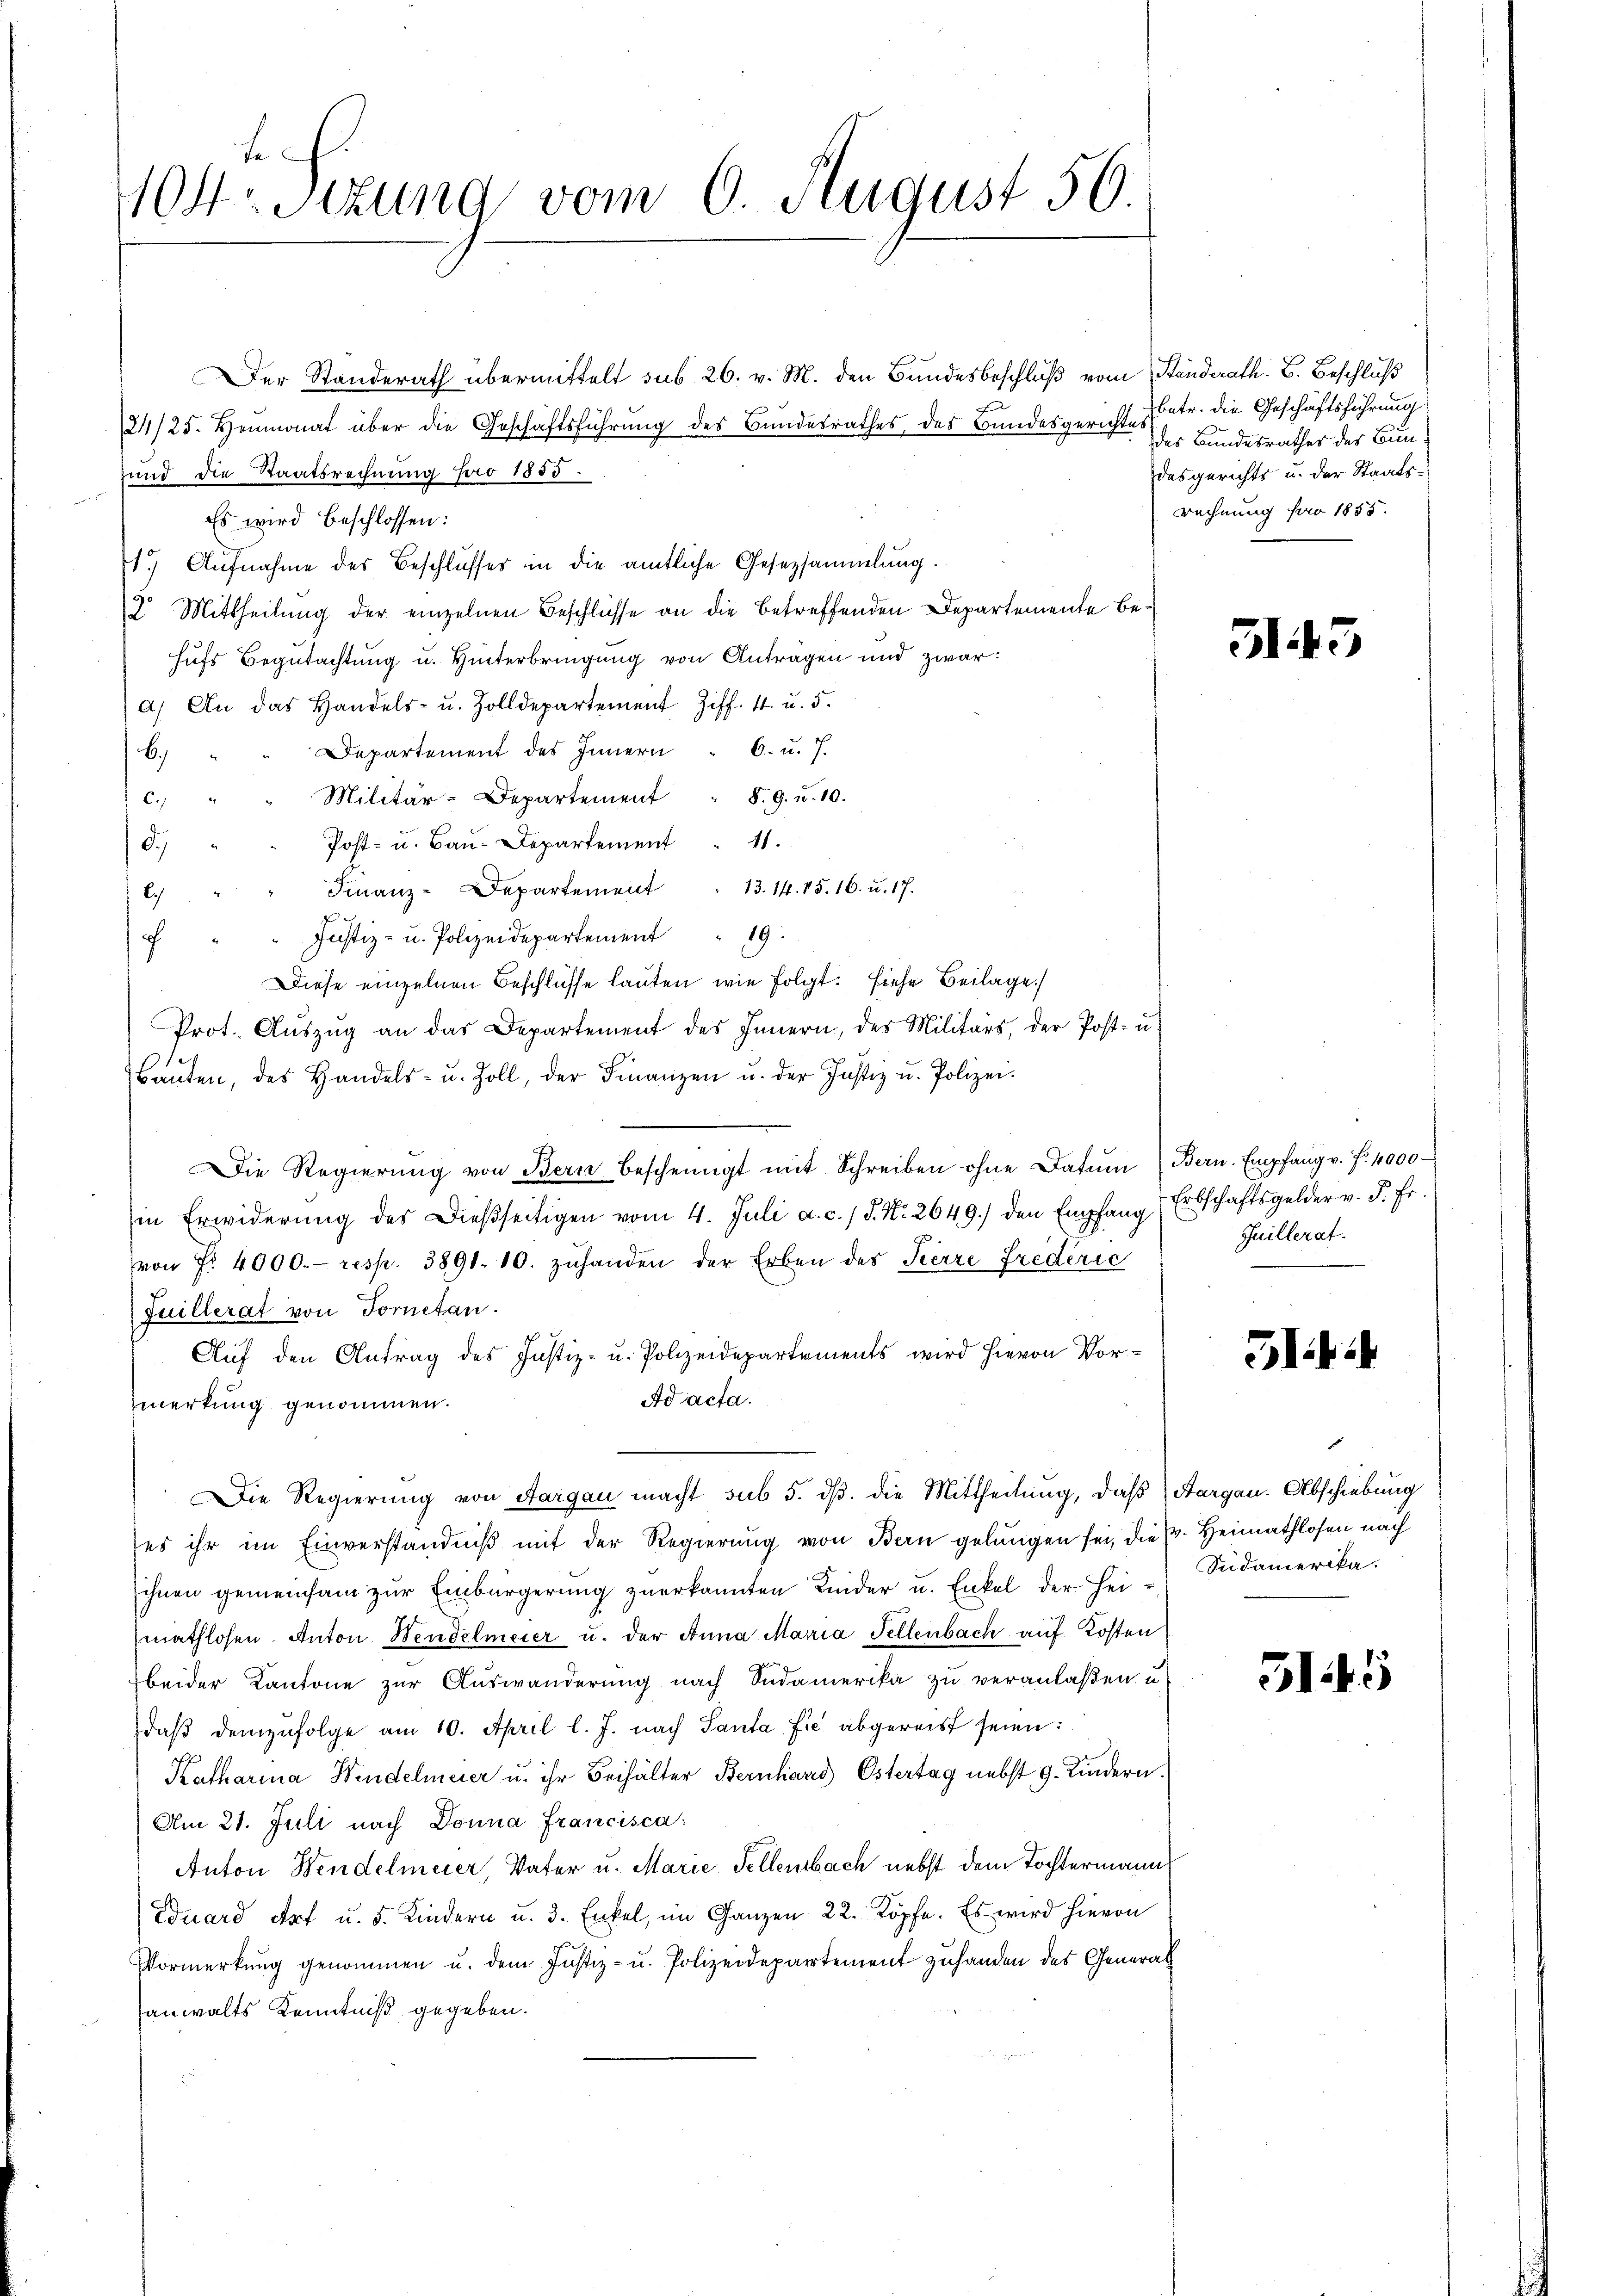
1104. Stzung vom 6. August 56.

Der Standerath übermittelt sub 26. v. M. den Bundesbeschluß vom Standerath. B. Beschluß
24/25. Heumonat über die Geschäftsführung des Bundesrathes des Bundesgerichtes
und die Staatsrechnung pro 1855.
Es wird beschlossen:
1.) Aufnahme des Beschlusses in die amtliche Gesetzsammlung.
2. Mittheilung der einzelnen Beschlüsse an die betreffenden Departemente behufs Begutachtung u. Hinterbringung von Antragen und zwar:
a) An das Handels- u. Zolldepartement Ziff. 4 u. 5.
Departement des Innern " 6. u. 7.
6.)
Militär-Departement " 8. 9. u. 10.
c.)
Post- u. Bau-Departement 11.
d.
Finanz-Departement " 13. 14. 15. 16. u. 17.
bch
Justiz- u. Polizeidepartement 19
c
Diese einzelnen Beschlüsse lauten wie folgt: siehe Beilage.
Prot. Aŭszŭg an das Departement des Innern, des Militärs, der Post- u.
Baŭten, des Handels- u. Zoll, der Finanzen u. der Justiz u. Polizei.
ie Regierŭng von Bern bescheinigt mit Schreiben ohne Datum Bern. Empfang v. f. 4000
in Erwiderung des Dießseitigen vom 4. Juli a. c. 1 S. Nr. 2649.) den Empfang
von Fr. 4000.- resp. 3891. 10. zŭhanden der Erben des Herre Frederic
Juillerat von Fornetan.
Auf den Antrag des Justiz- u. Polizeidepartements wird hievon Vor¬
Ad acta.
zmerkung genommen.
Die Regierung von Aargau macht sub 5. dβ. die Mittheilung, daß Aargau-Abschiebung
es ihr im Einverständniβ mit der Regierŭng von Bern gelangen sei, die v. Heimathlosen nach
ihnen gemeinsam zur Einbürgerung zuerkannten Kinder u. Enkel der Heimathlosen. Anton Wendelmeier u. der Anna Maria Fellenbach auf Kosten
beider Kantone zur Auswanderung nach Südamerika zu veranlaßen u.
daβ demzufolge am 10. April l. J. nach Santa fie abgereist seien:
Katharina Hindelmeier u. ihr Behälter Bernhard Ostertag nebst G. Kindern.
Am 21. Juli nach Donna Francisca
Anton Bendelmeier, Vater u. Marie Fellenbach nebst dem Tochtermann
Duard Art u. 5. Kindern u. 3. Enkel, im Ganzen 22. Köpfe. Es wird hievon
Vormerkung genommen u. dem Justiz- u. Polizeidepartement zuhanden des General
anwalts Kenntniß gegeben.

betr. die Geschäftsführung
des Bundesrathes des Bundesgerichts u. der Staats-
rechnung für 1855.

G143

Erbschaftsgelder v. P. Fr.
Juillerat.

5

Sudamerika.

5145